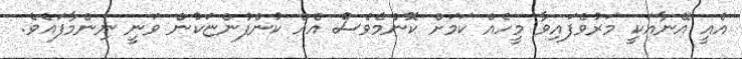
އެއީ އޭނާއަކީ މަރުވެފައިވާ މީހެއް ކަމަށް ކޮންމެވެސް އެއް ކުންފުންޏަކުން ވަނީ ނިންމާފައެވެ.